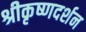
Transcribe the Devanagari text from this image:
श्रीकृष्णदर्शन